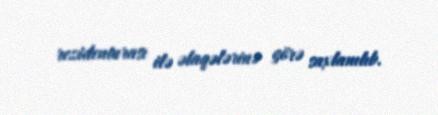
rezidenturası ilə əlaqələrinə görə saxlanılıb.